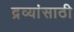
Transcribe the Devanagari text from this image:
द्रव्यांसाठी